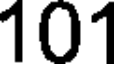
101